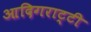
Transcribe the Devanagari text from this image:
आदिगराट्टी